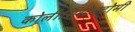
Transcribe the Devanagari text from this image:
कोलीसिस्टेक्टोमी